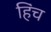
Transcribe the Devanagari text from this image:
हिंच